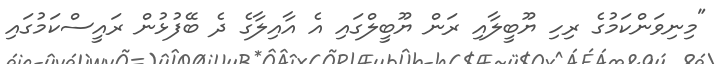
"މިނިވަންކަމުގެ ރިހި ޔޫބީލާއި ރަން ޔޫބީލްގައި އެ އާއިލާގެ ދެ ބޭފުޅުން ރައީސްކަމުގައި